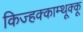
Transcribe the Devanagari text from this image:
किज्हक्काम्थूक्कू